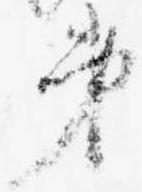
第